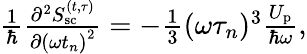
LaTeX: \begin{array}{r}{\frac{1}{\hbar}\frac{\partial^{2}S_{\mathrm{sc}}^{(t,\tau)}}{\partial{(\omega t_{n})}^{2}}=-\frac{1}{3}(\omega\tau_{n})^{3}\frac{U_{\mathrm{p}}}{\hbar\omega},}\end{array}